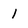
Character: 1